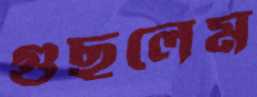
গুছলেম